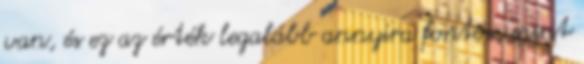
van, és ez az érték legalább annyira fontos, mint